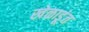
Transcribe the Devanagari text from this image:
खेळाडूंत